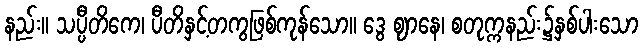
နည်း။ သပ္ပီတိကေ၊ ပီတိနှင့်တကွဖြစ်ကုန်သော။ ဒွေ ဈာနေ၊ စတုက္ကနည်း၌နှစ်ပါးသော